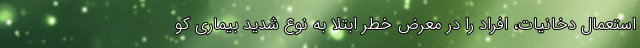
استعمال دخانیات، افراد را در معرض خطر ابتلا به نوع شدید بیماری کو